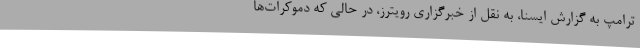
ترامپ به گزارش ایسنا، به نقل از خبرگزاری رویترز، در حالی که دموکرات‌ها